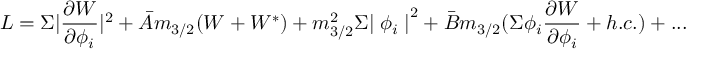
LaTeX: { \cal L } = \Sigma | \frac { \partial { \cal W } } { \partial \phi _ { i } } | ^ { 2 } + \bar { A } m _ { 3 / 2 } ( { \cal W } + { \cal W } ^ { * } ) + m _ { 3 / 2 } ^ { 2 } \Sigma { \mid \phi _ { i } \mid } ^ { 2 } + \bar { B } m _ { 3 / 2 } ( \Sigma \phi _ { i } \frac { \partial { \cal W } } { \partial \phi _ { i } } + h . c . ) + . . .